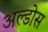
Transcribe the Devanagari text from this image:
अल्डोस